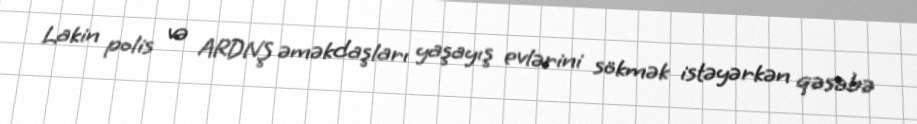
Lakin polis və ARDNŞ əməkdaşları yaşayış evlərini sökmək istəyərkən qəsəbə